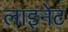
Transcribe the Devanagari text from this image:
लाइनेट